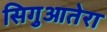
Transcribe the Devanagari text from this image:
सिगुआतेरा